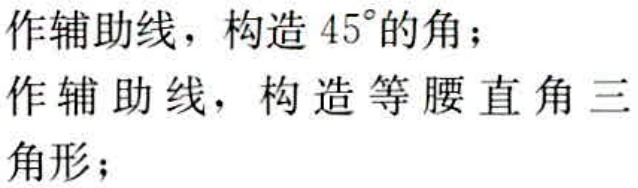
作辅助线，构造 \(45^{\circ}\) 的角；
作辅助线，构造等腰直角三角形；